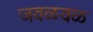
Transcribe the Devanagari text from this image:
जवळवळ